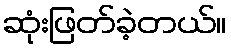
ဆုံးဖြတ်ခဲ့တယ်။